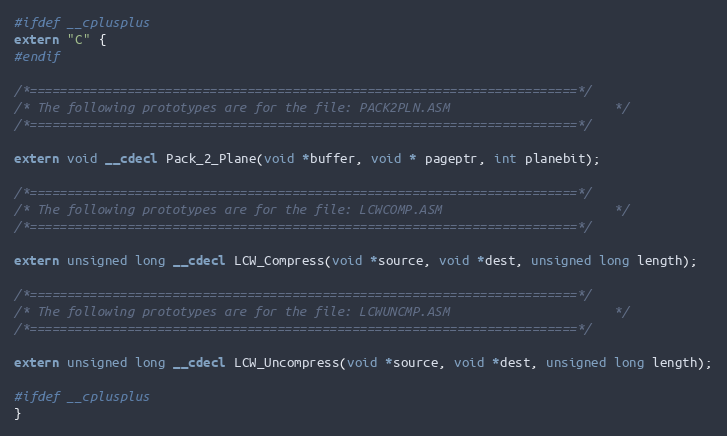
Language: C
#ifdef __cplusplus
extern "C" {
#endif

/*=========================================================================*/
/* The following prototypes are for the file: PACK2PLN.ASM						*/
/*=========================================================================*/

extern void __cdecl Pack_2_Plane(void *buffer, void * pageptr, int planebit);

/*=========================================================================*/
/* The following prototypes are for the file: LCWCOMP.ASM						*/
/*=========================================================================*/

extern unsigned long __cdecl LCW_Compress(void *source, void *dest, unsigned long length);

/*=========================================================================*/
/* The following prototypes are for the file: LCWUNCMP.ASM						*/
/*=========================================================================*/

extern unsigned long __cdecl LCW_Uncompress(void *source, void *dest, unsigned long length);

#ifdef __cplusplus
}